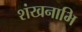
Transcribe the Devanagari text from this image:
शंखनाभि